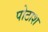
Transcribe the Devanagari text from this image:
पोठाश